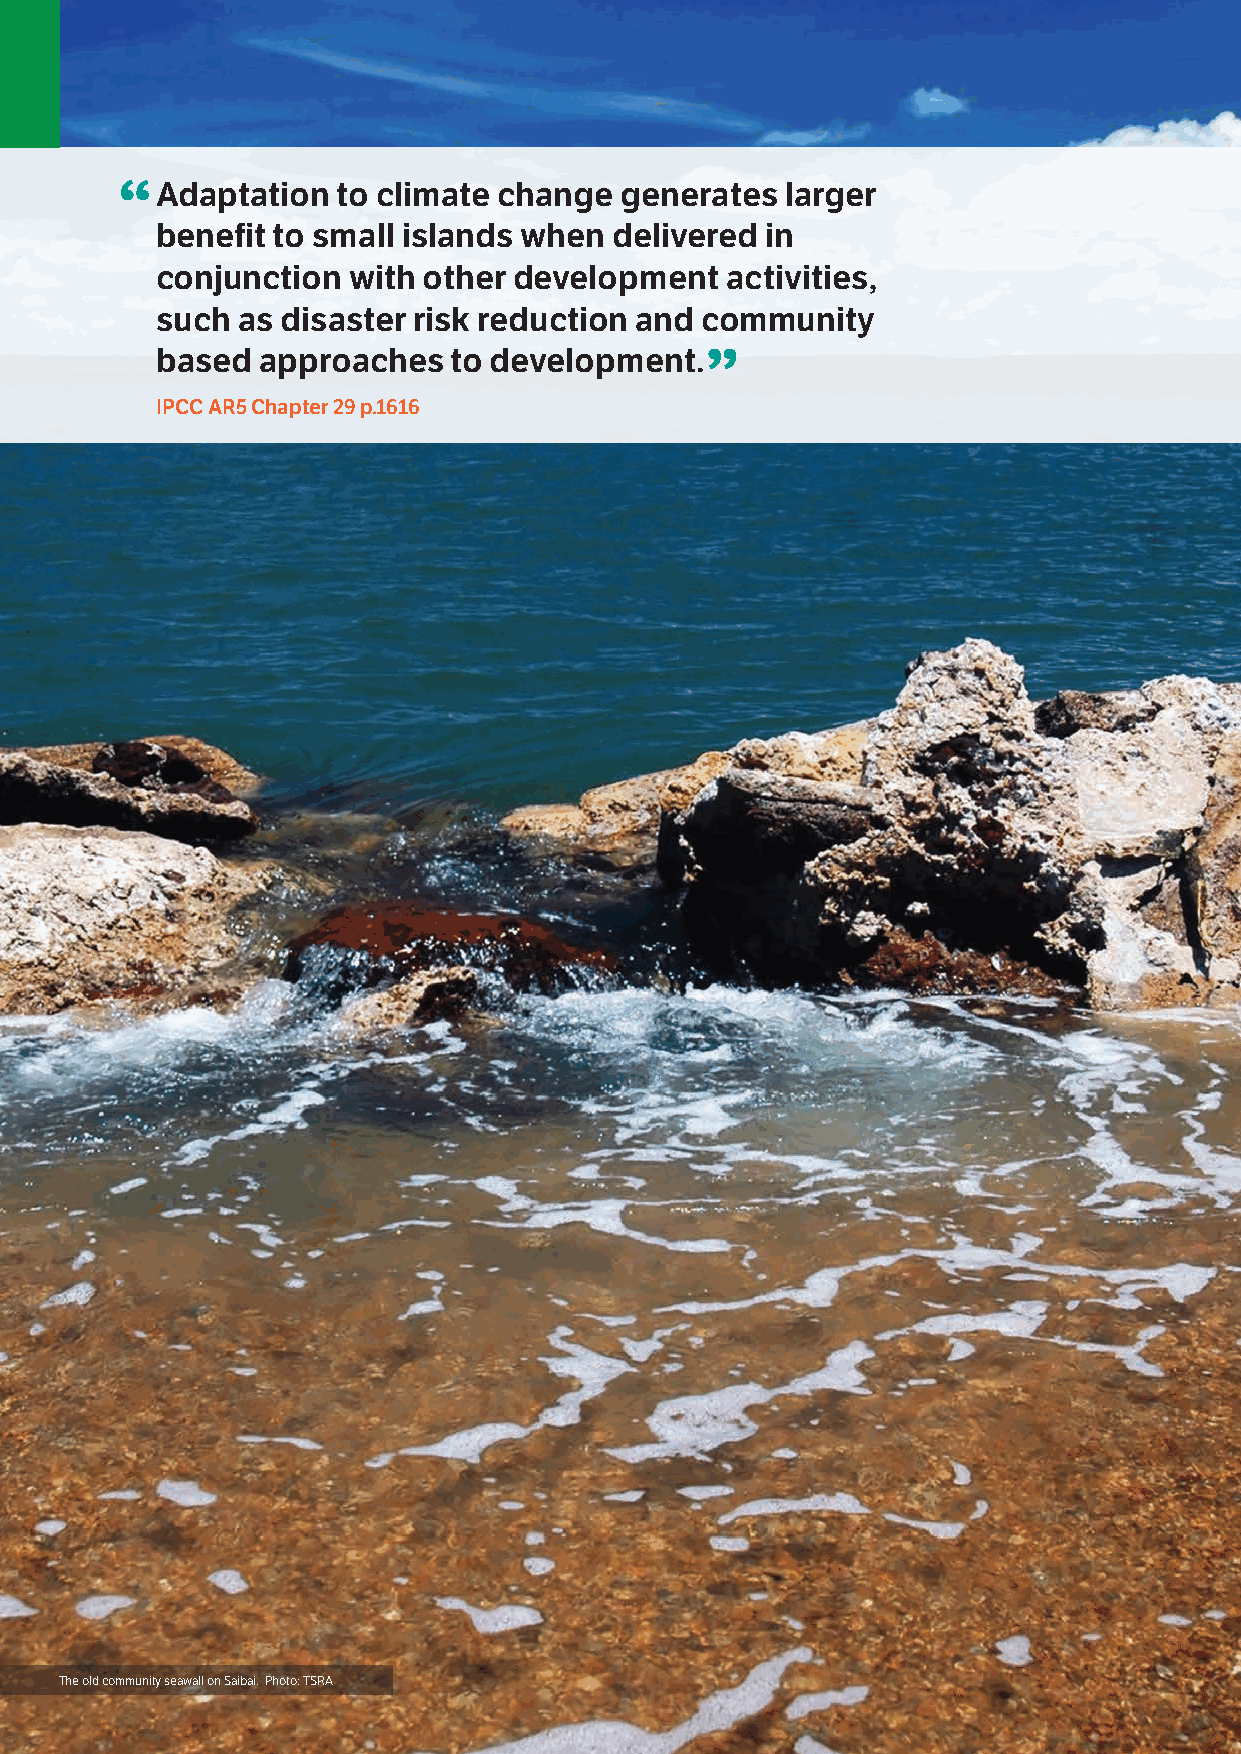
“A  daptation to climate change  generates  larger
 benefit to small islands when  delivered in
 conjunction  with other development   activities,
 such  as disaster risk reduction and community
 based  approaches   to development.”
 IPCC AR5 Chapter 29 p.1616
 22 Torres Strait Regional Adaptation and Resilience Plan
 The old community seawall on Saibai. Photo: TSRA